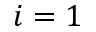
i = 1